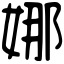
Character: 娜